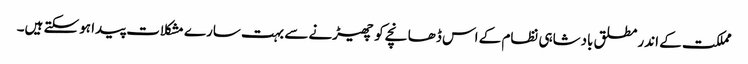
مملکت کے اندر مطلق بادشاہی نظام کے اس ڈھانچے کو چھیڑنے سے بہت سارے مشکلات پیدا ہوسکتے ہیں۔